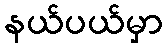
နယ်ပယ်မှာ